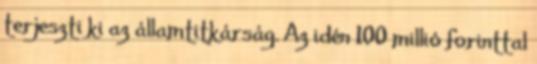
terjeszti ki az államtitkárság. Az idén 100 millió forinttal